Lunatic asylums in Bengal annual reports 1899-1911 - 1899-1911
Year: 1899
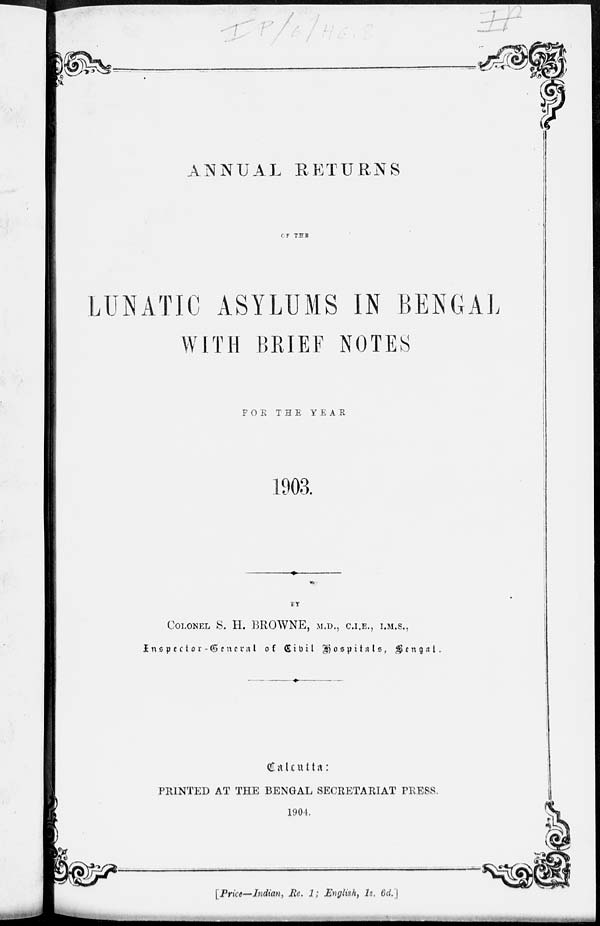
ANNUAL RETURNS
OF THE
LUNATIC ASYLUMS IN BENGAL
WITH BRIEF NOTES
FOR
THE
YEAR
1903.
BY
COLONEL S. H. BROWNE, M.D., C.I.E., I.M.S.,
Inspector - General
of Civil
Hospitals, Bengal.
Calcutta:
PRINTED AT THE BENGAL SECRETARIAT PRESS.
1904.
[Price—Indian, Re. 1; English, 1s. 6d.]